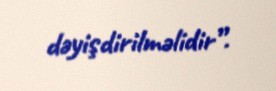
dəyişdirilməlidir”.